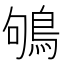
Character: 鴝